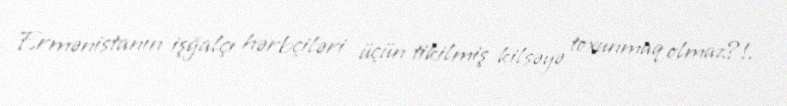
Ermənistanın işğalçı hərbçiləri üçün tikilmiş kilsəyə toxunmaq olmaz?!.